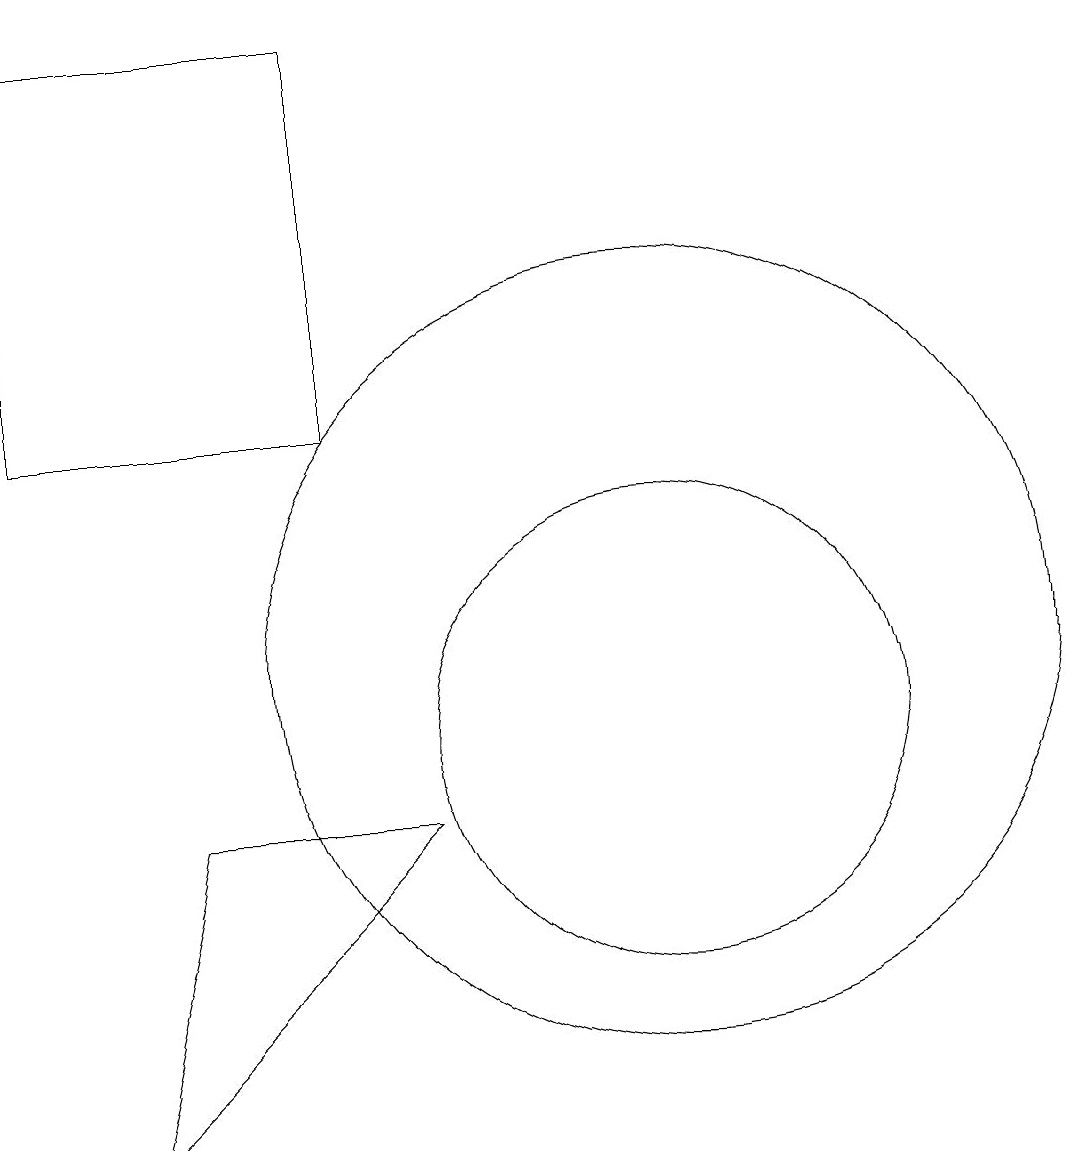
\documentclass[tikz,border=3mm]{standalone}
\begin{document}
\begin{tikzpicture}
\draw (4,9) -- (3,5) -- (7,9) -- cycle;
\draw (10,10) circle (3);
\draw (2,14) rectangle (6,19);
\draw (10,11) circle (5);
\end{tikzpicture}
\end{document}